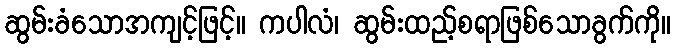
ဆွမ်းခံသောအကျင့်ဖြင့်။ ကပါလံ၊ ဆွမ်းထည့်စရာဖြစ်သောခွက်ကို။